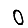
Digit: 0